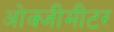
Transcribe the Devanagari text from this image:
ओक्जीमीटर